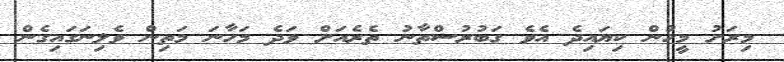
މިރަށު މީހުން ކިޔައިދެ އެވެ ގަބުރުސްތާނު ތެރެއަށް ވަދެ މަހާނަ މަތިން ވެލިނަގައިގެން